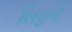
વિરહની